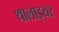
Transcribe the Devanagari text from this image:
थालाइयर